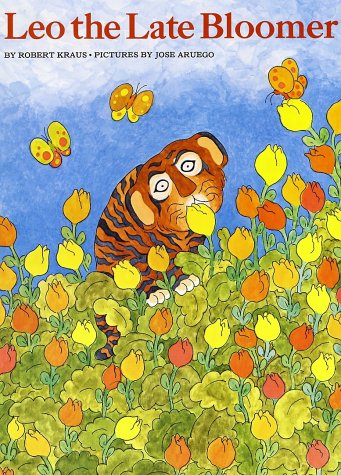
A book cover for Leo the Late Bloomer; Robert Kraus; Children's Books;